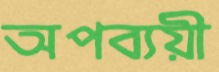
অপব্যয়ী